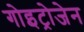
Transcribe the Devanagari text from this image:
गोइट्रोजेन